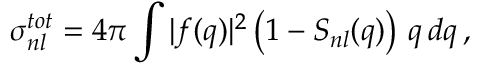
\sigma _ { n l } ^ { t o t } = 4 \pi \int | f ( q ) | ^ { 2 } \left( 1 - S _ { n l } ( q ) \right) \, q \, d q \, ,